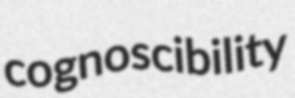
cognoscibility